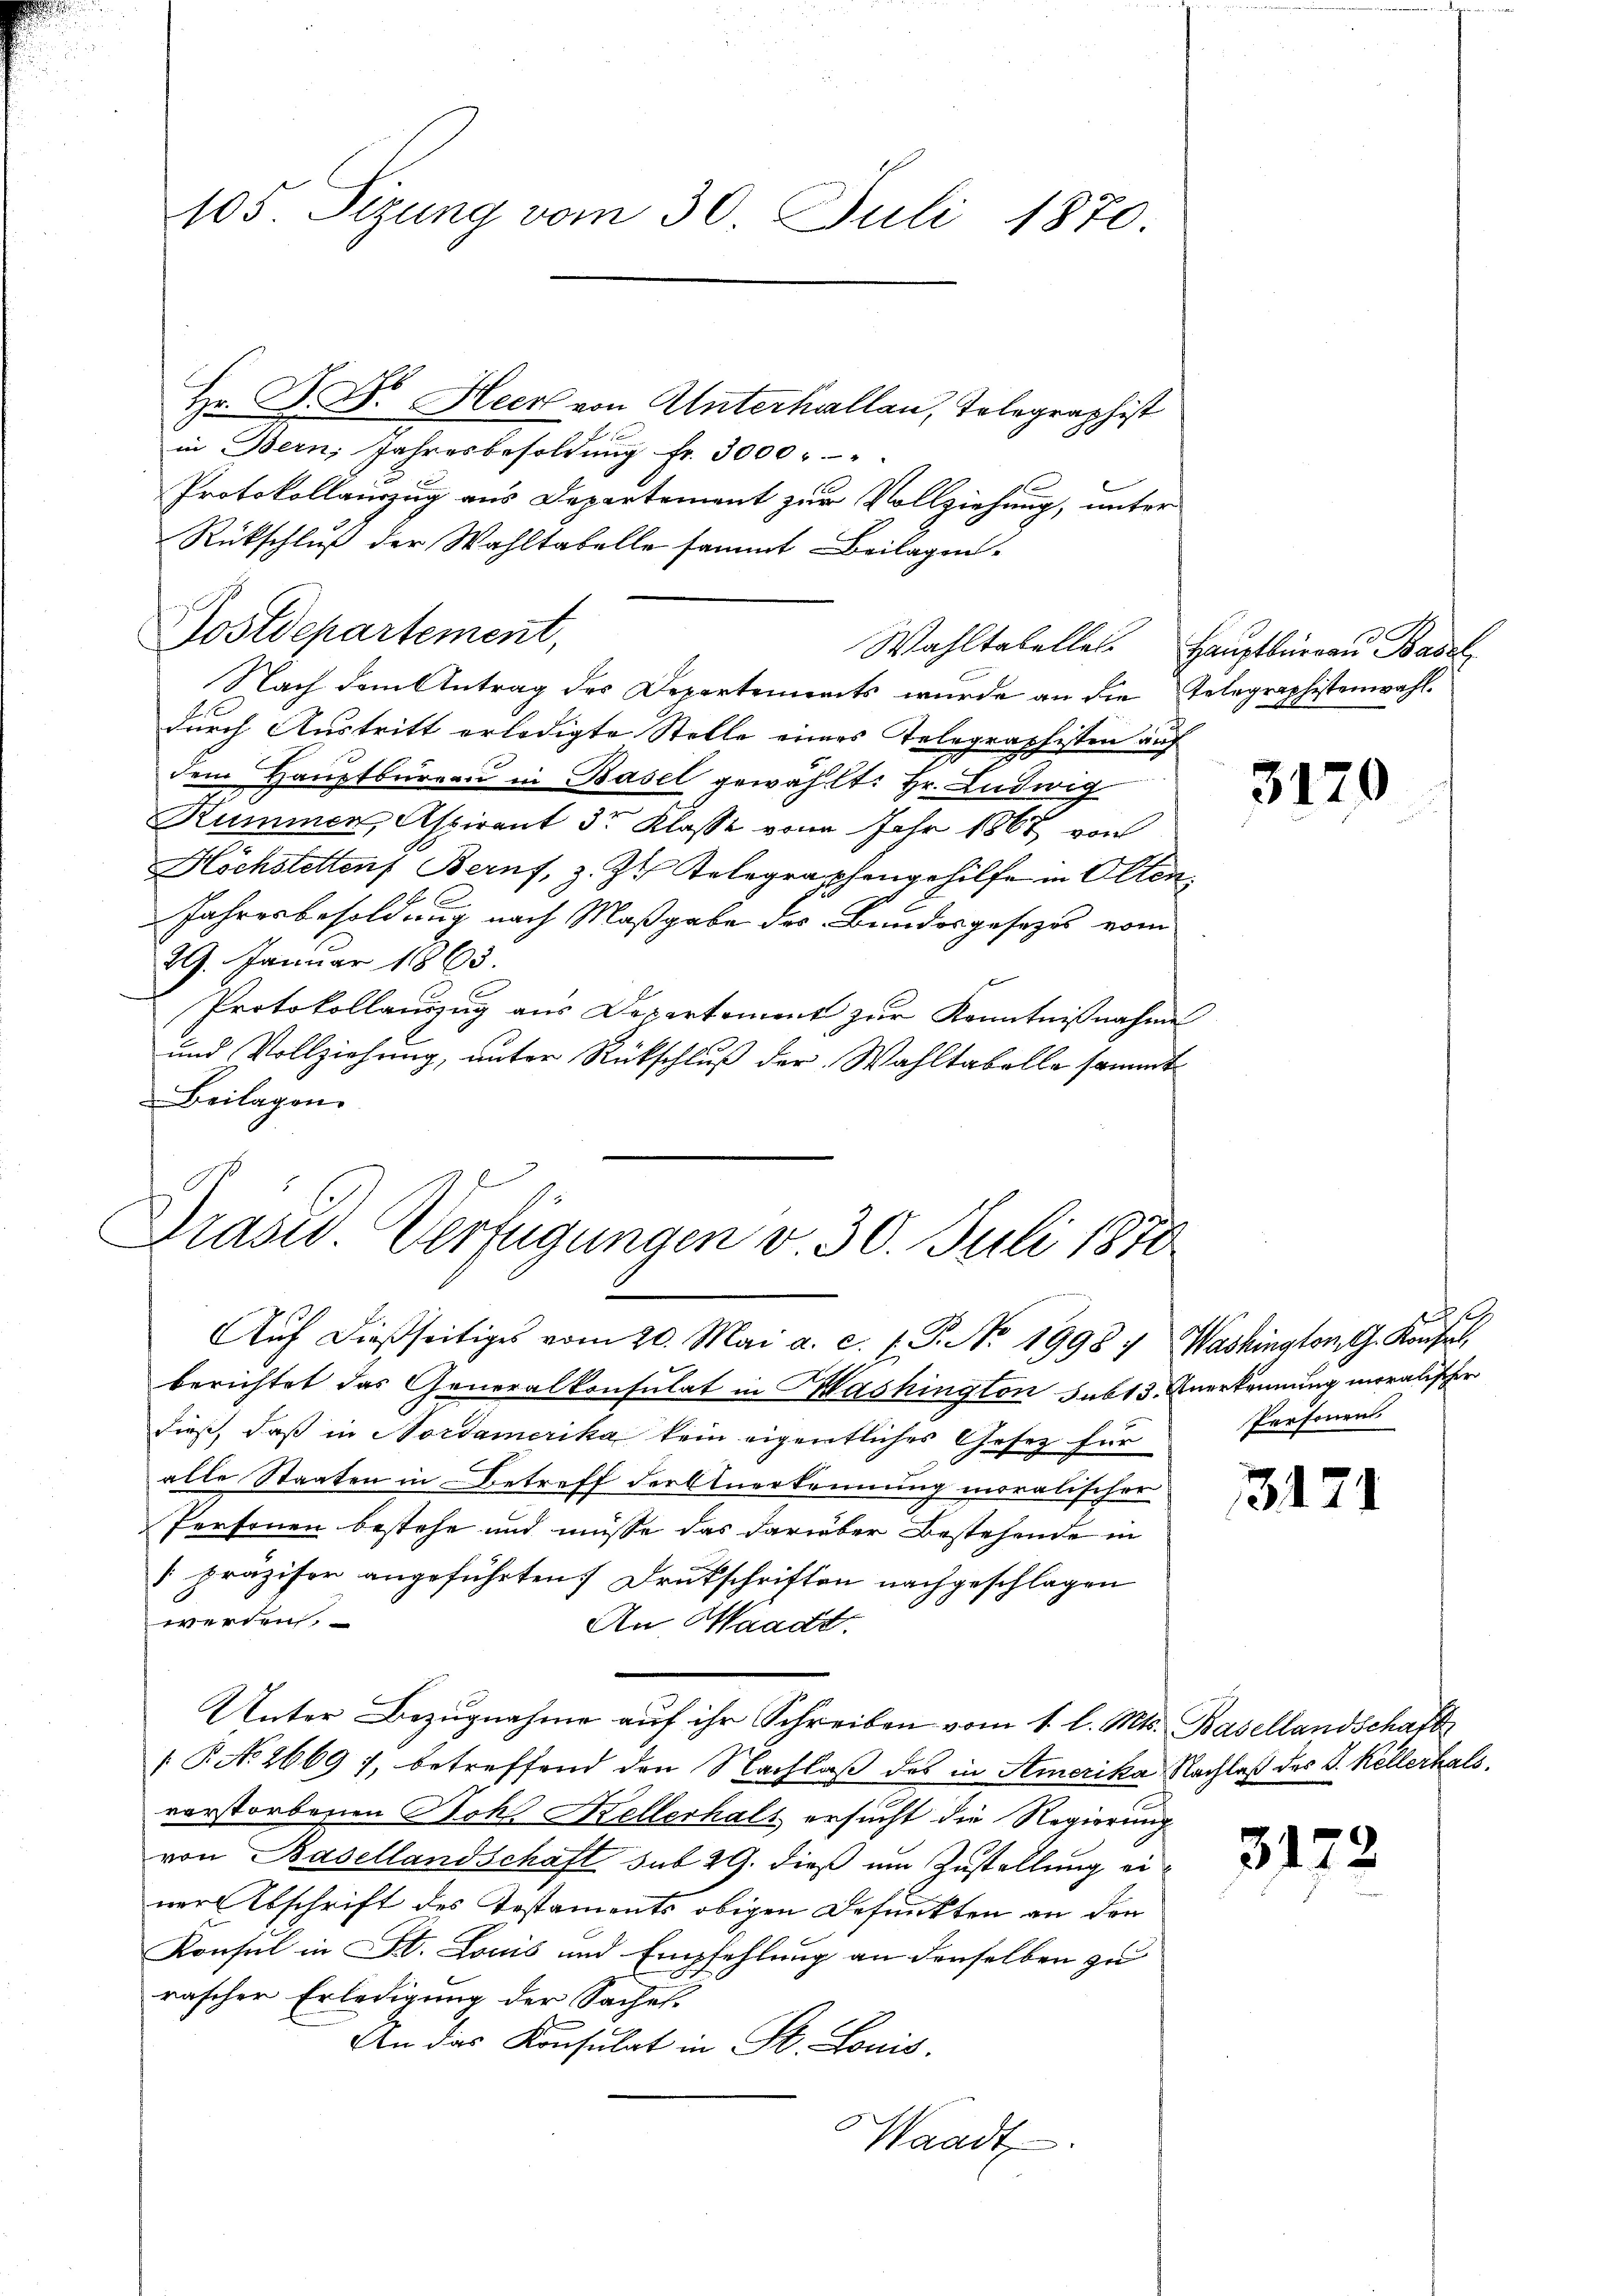
105. Sizung vom 30. Juli 1870.

Hr. J. Dr. Heer von Unterhallen, Telegraphist
in Bern, Jahresbesoldŭng fr. 3000 " "
Protokollauszug aus Departement zur Vollziehung, unter
Rückschluß der Wahltabelle sammt Beilagen
Postdepartement,
Nach dem Antrag des Departements wurde an die Telegraphistenwahl
durch Austritt erledigte Stelle eines Telegraphisten auf
dem Hauptbüreau in Basel gewählt: Hr. Ludwig
Kummer, Aspirant 3r Klasse von Jahr 1867 von
Hochstettens Berns, z. Z. Telegraphengehilfe in Olten
Jahresbesoldung nach Maßgabe des Bundesgesezes vom
29. Januar 1863.
Protokollauszug aus Departement zur Kenntnißnahme
und Vollziehung, unter Rückschluß der Wahltabelle sammt
Beilagen.

Drasw. Verfügungen v. 30. Juli 1870
Aŭf dießseitiges vom 20. Mai a. c. (T. No. 19987 Washington G. Konsel

berichtet das Generalkonsulat in Mashington sub 13. Anerkennung moralischer
dieß, daß in Nordamerika kein eigentliches Gesetz für
alle Staaten in Betreff der Anerkennung moralischer
Personen bestehe und müsse das darüber Bestehende in
 präziser angeführten Druckschriften nachgeschlagen
werden.
An Waadt.
Unter Bezugnahme auf ihr Schreiben vom 1. l. Mts. Basellandschaft
[P No 2669 7, betreffend den Nachlaß des in Stmerika Nachlaß des J. Kellerhals
vorstorbenen Bohl Kellerhals ersucht die Regierung
von Basellandschaft sub 29. dieß um Zustellung einer Abschrift des Testaments obigen Befunkten an den
Konsul in St. Louis und Empfehlung an denselben zu
rascher Erledigung der Saches.
An das Konsulat in St. Louis,
Waadt

Wahltabelles Hauptbürgen Basel

312

9
Personen

317.

3172

¬